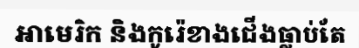
អាមេរិក និងកូរ៉េខាងជើងធ្លាប់តែ